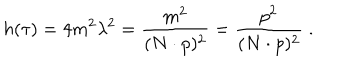
LaTeX: h ( \tau ) = 4 m ^ { 2 } \lambda ^ { 2 } = \frac { m ^ { 2 } } { ( N \cdot p ) ^ { 2 } } = \frac { p ^ { 2 } } { ( N \cdot p ) ^ { 2 } } \; .